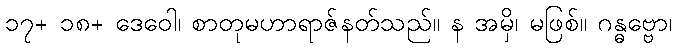
၁၇+ ၁၈+ ဒေဝေါ၊ စာတုမဟာရာဇ်နတ်သည်။ န အမှိ၊ မဖြစ်။ ဂန္ဓဗ္ဗော၊